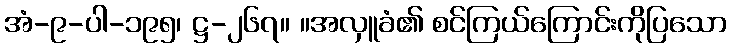
အံ-၉-ပါ-၁၉၅၊ ဋ္ဌ-၂၆၇။ ။အလှူခံ၏ စင်ကြယ်ကြောင်းကိုပြသော